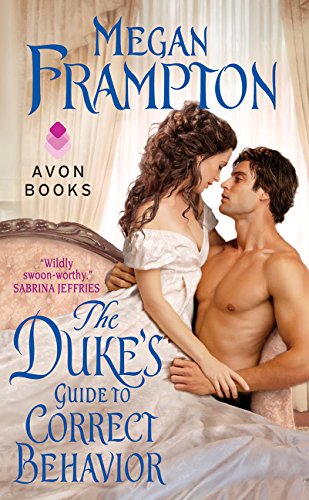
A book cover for The Duke's Guide to Correct Behavior: A Dukes Behaving Badly Novel; Megan Frampton; Romance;